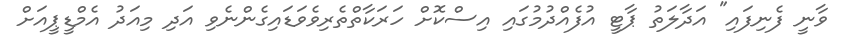
ވާނީ ފެނިފައި" އަދާލަތު ޕާޓީ އުފެއްދުމުގައި އިސްކޮށް ހަރަކާތްތެރިވެވަޑައިގެންނެވި އަދި މިއަދު އެމްޑީޕީއަށް